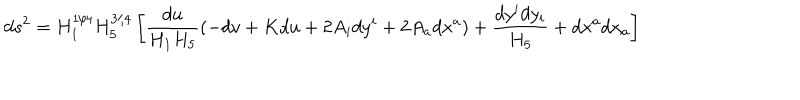
LaTeX: d s ^ { 2 } = H _ { 1 } ^ { 1 / 4 } H _ { 5 } ^ { 3 / 4 } \left[ { \frac { d u } { H _ { 1 } H _ { 5 } } } ( - d v + K d u + 2 A _ { i } d y ^ { i } + 2 A _ { a } d x ^ { a } ) + { \frac { d y ^ { i } d y _ { i } } { H _ { 5 } } } + d x ^ { a } d x _ { a } \right]